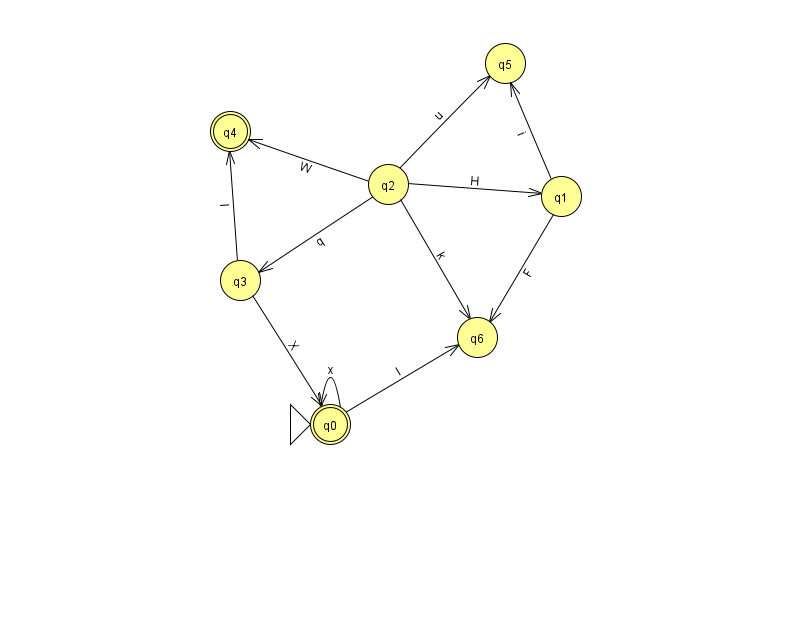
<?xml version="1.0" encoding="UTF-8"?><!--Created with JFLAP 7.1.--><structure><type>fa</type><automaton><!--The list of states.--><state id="0" name="q0"><x>330.0</x><y>411.0</y><initial/><final/></state><state id="1" name="q1"><x>561.0</x><y>183.0</y></state><state id="2" name="q2"><x>388.0</x><y>171.0</y></state><state id="3" name="q3"><x>240.0</x><y>267.0</y></state><state id="4" name="q4"><x>230.0</x><y>118.0</y><final/></state><state id="5" name="q5"><x>505.0</x><y>50.0</y></state><state id="6" name="q6"><x>477.0</x><y>324.0</y></state><!--The list of transitions.--><transition><from>0</from><to>6</to><read>I</read></transition><transition><from>2</from><to>5</to><read>u</read></transition><transition><from>1</from><to>6</to><read>F</read></transition><transition><from>0</from><to>0</to><read>x</read></transition><transition><from>2</from><to>1</to><read>H</read></transition><transition><from>3</from><to>0</to><read>X</read></transition><transition><from>1</from><to>5</to><read>i</read></transition><transition><from>2</from><to>6</to><read>k</read></transition><transition><from>2</from><to>3</to><read>q</read></transition><transition><from>2</from><to>4</to><read>W</read></transition><transition><from>3</from><to>4</to><read>l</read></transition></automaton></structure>